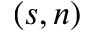
( s , n )